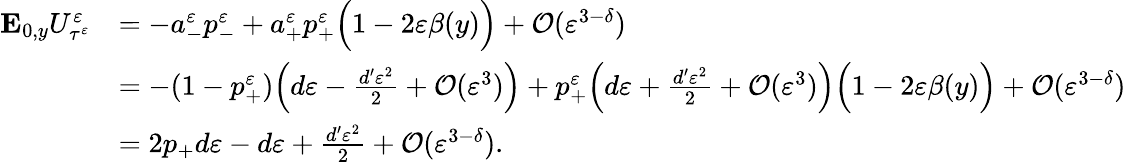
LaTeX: \begin{array}{rl}{\mathbf{E}_{0,y}U_{\tau^{\varepsilon}}^{\varepsilon}}&{=-a_{-}^{\varepsilon}p_{-}^{\varepsilon}+a_{+}^{\varepsilon}p_{+}^{\varepsilon}\Big(1-2\varepsilon\beta(y)\Big)+\mathcal O(\varepsilon^{3-\delta})}\\ &{=-(1-p_{+}^{\varepsilon})\Big(d\varepsilon-\frac{d^{\prime}\varepsilon^{2}}{2}+\mathcal{O}(\varepsilon^{3})\Big)+p_{+}^{\varepsilon}\Big(d\varepsilon+\frac{d^{\prime}\varepsilon^{2}}{2}+\mathcal{O}(\varepsilon^{3})\Big)\Big(1-2\varepsilon\beta(y)\Big)+\mathcal O(\varepsilon^{3-\delta})}\\ &{=2p_{+}d\varepsilon-d\varepsilon+\frac{d^{\prime}\varepsilon^{2}}{2}+\mathcal O(\varepsilon^{3-\delta}).}\end{array}